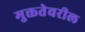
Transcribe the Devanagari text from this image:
मुक्ततेवरील